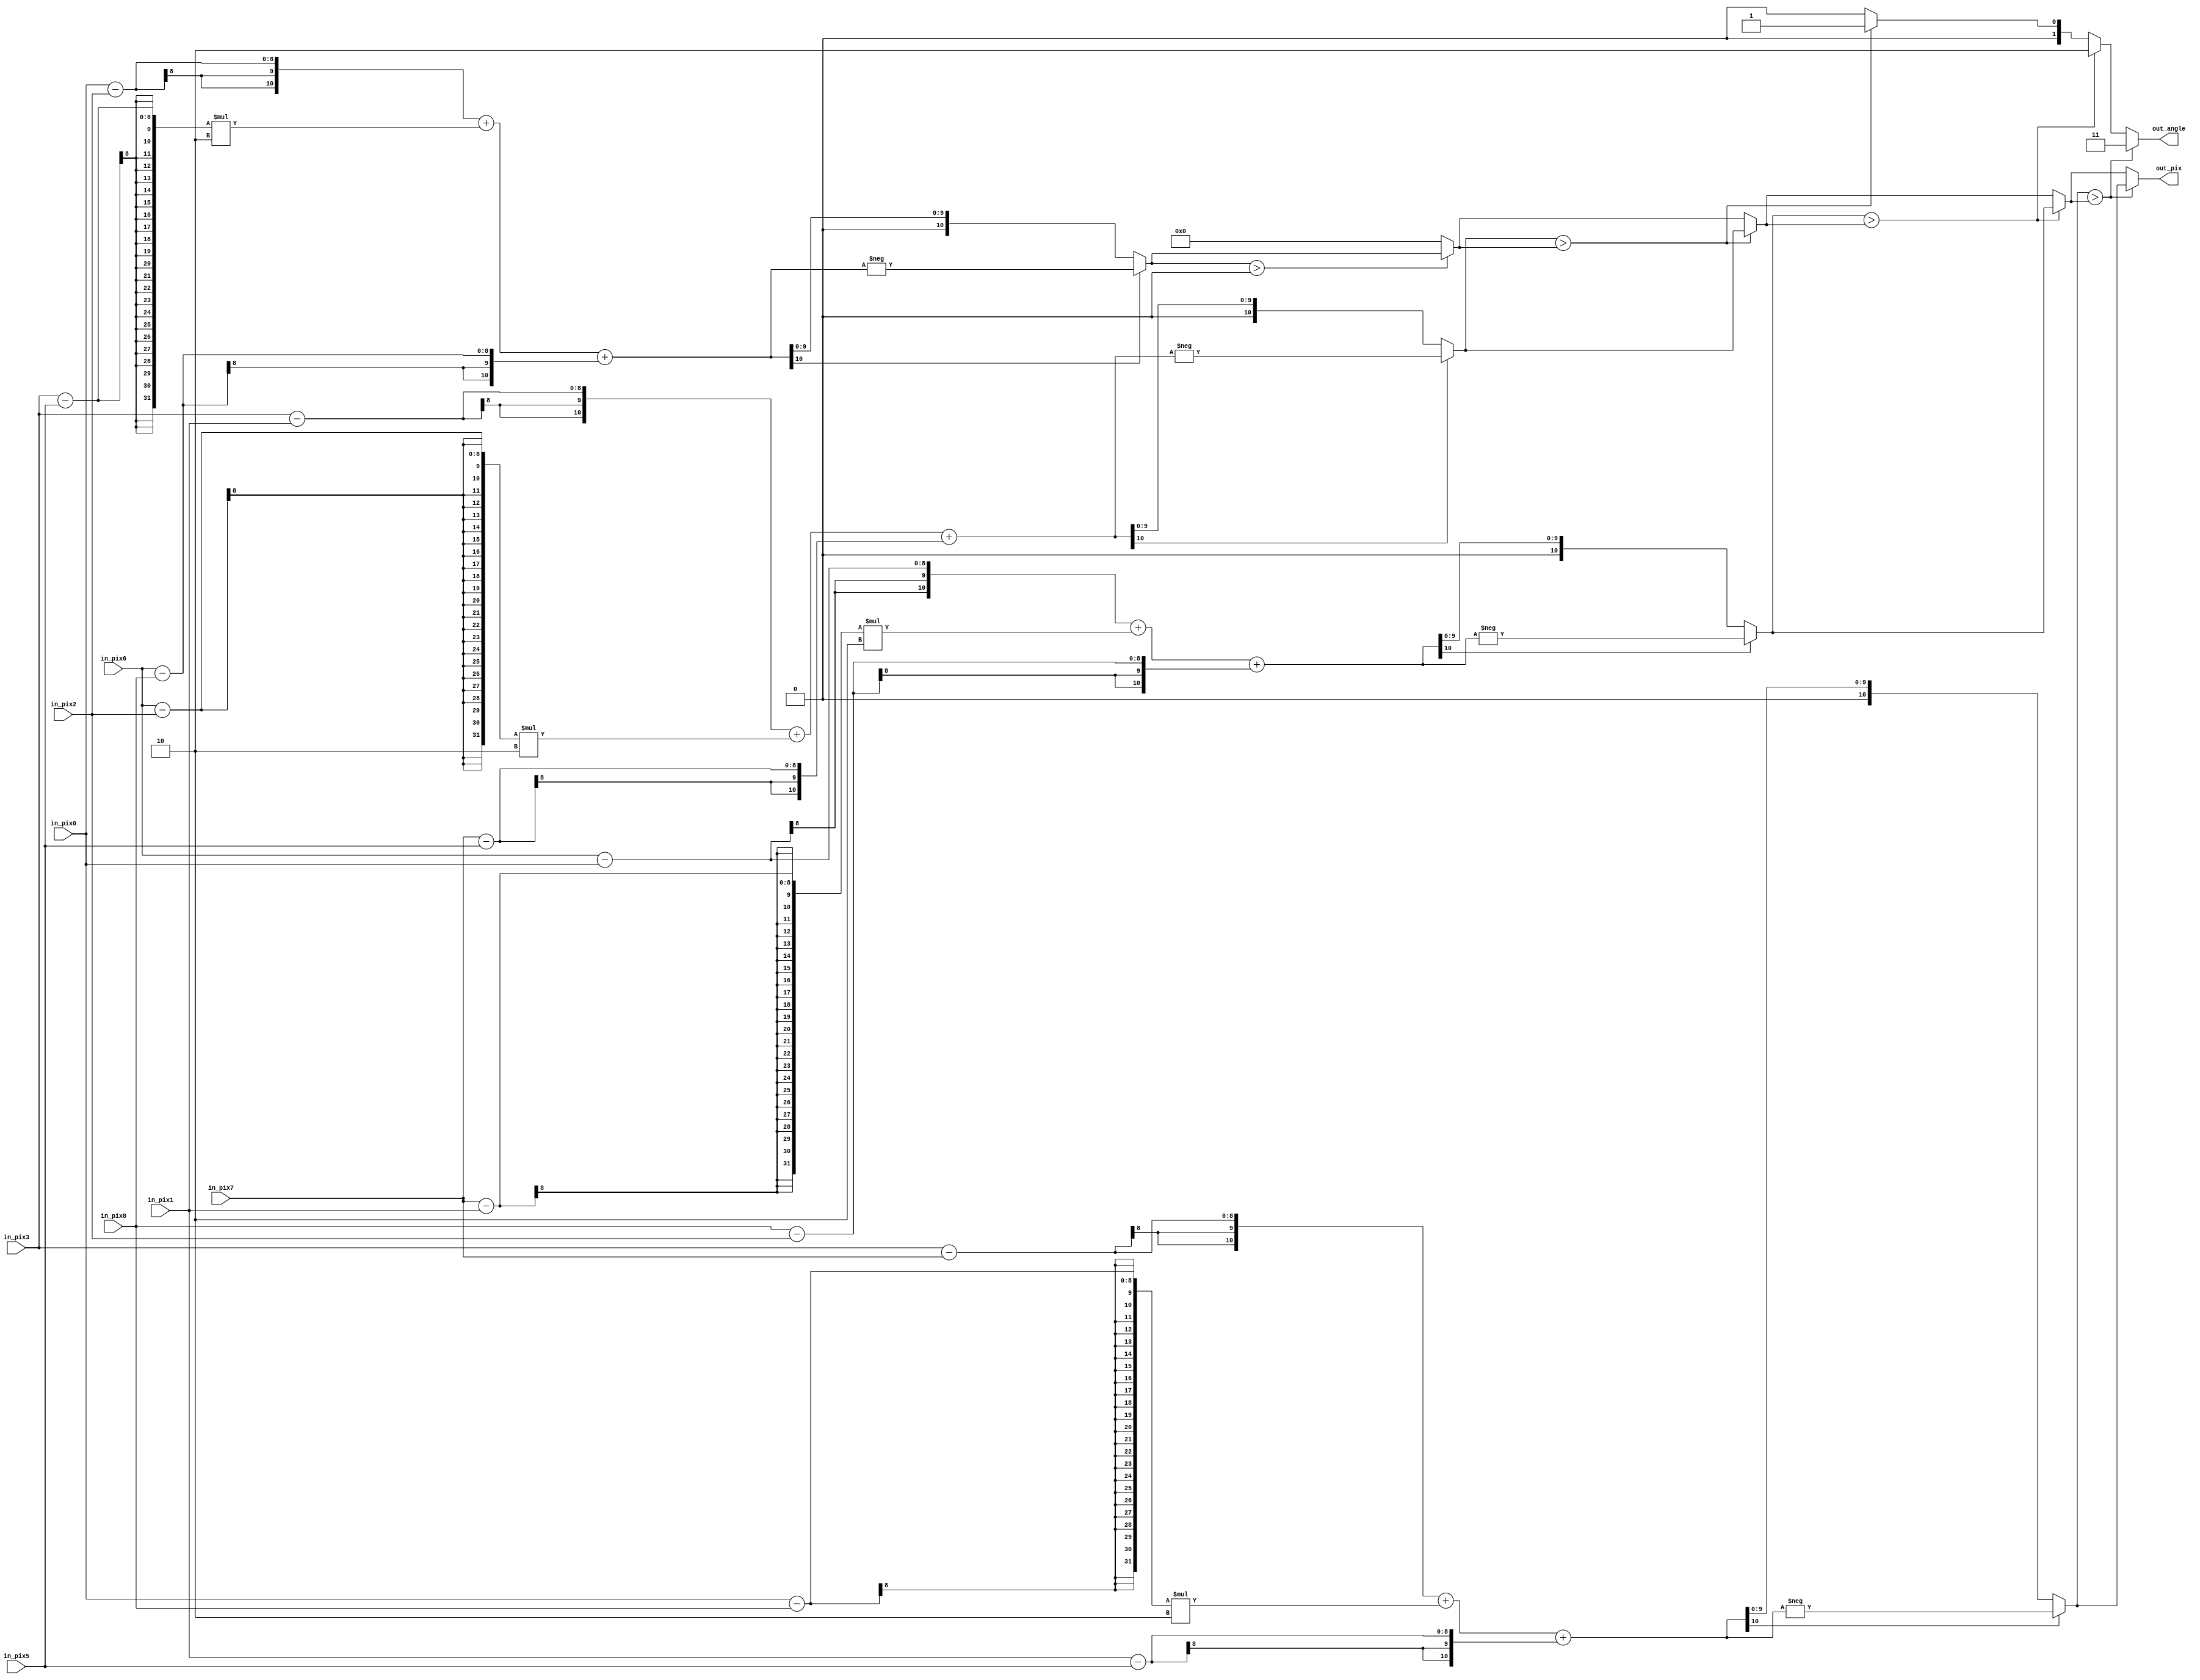
// Second step - Sobel Operator calculate gradient magnitude and direction (45 degrees) 
// 				  of the intensity image function
module sobel_operator ( 
	input [7:0] in_pix0, input [7:0] in_pix1, input [7:0] in_pix2,
	input [7:0] in_pix3, input [7:0] in_pix5, input [7:0] in_pix6,
	input [7:0] in_pix7,input [7:0] in_pix8,
	output [10:0] out_pix, output [1:0] out_angle);
	
	reg [1:0] angle;
	wire signed[10:0] gradient[3:0];
	reg [10:0] abs_g [3:0];
	reg [10:0] out_value;
	integer i;
	//North 90
	assign gradient[0] = (in_pix0 - in_pix2) + (in_pix3 - in_pix5)*2 + (in_pix6 - in_pix8);
	//West 0
	assign gradient[2] = (in_pix6 - in_pix0) + (in_pix7 - in_pix1)*2 + (in_pix8 - in_pix2);
	//North-West 45
	assign gradient[1] = (in_pix3 - in_pix1) + (in_pix6 - in_pix2)*2 + (in_pix7 - in_pix5);
	//North-East 135
	assign gradient[3] = (in_pix3 - in_pix7) + (in_pix0 - in_pix8)*2 + (in_pix1 - in_pix5);
	//Gradient magnitude and direction
	always@(*) begin
		out_value = 0;
		angle = 0;
		for(i = 0; i < 4; i=i+1) begin
			abs_g[i] = gradient[i][10] ? -gradient[i] : gradient[i];
			if(abs_g[i] > out_value) begin
				out_value = abs_g[i];
				angle = i;
			end
		end
	end
	assign out_pix = out_value;
	assign out_angle = angle;
endmodule